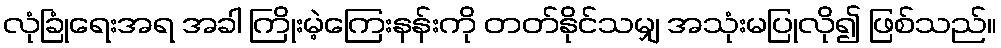
လုံခြုံရေးအရ အခါ ကြိုးမဲ့ကြေးနန်းကို တတ်နိုင်သမျှ အသုံးမပြုလို၍ ဖြစ်သည်။